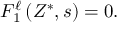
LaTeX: F _ { 1 } ^ { \ell } \left( Z ^ { \ast } , s \right) = 0 .